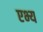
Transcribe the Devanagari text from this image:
एभ्य